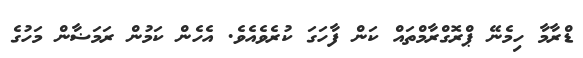
ޑްރާމާ ހިމެނޭ ޕްރޮގްރާމްތައް ކަން ފާހަގަ ކުރެވެއެވެ. އެހެން ކަމުން ރަމަޟާން މަހުގެ